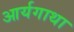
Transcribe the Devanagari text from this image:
आर्यगाथा